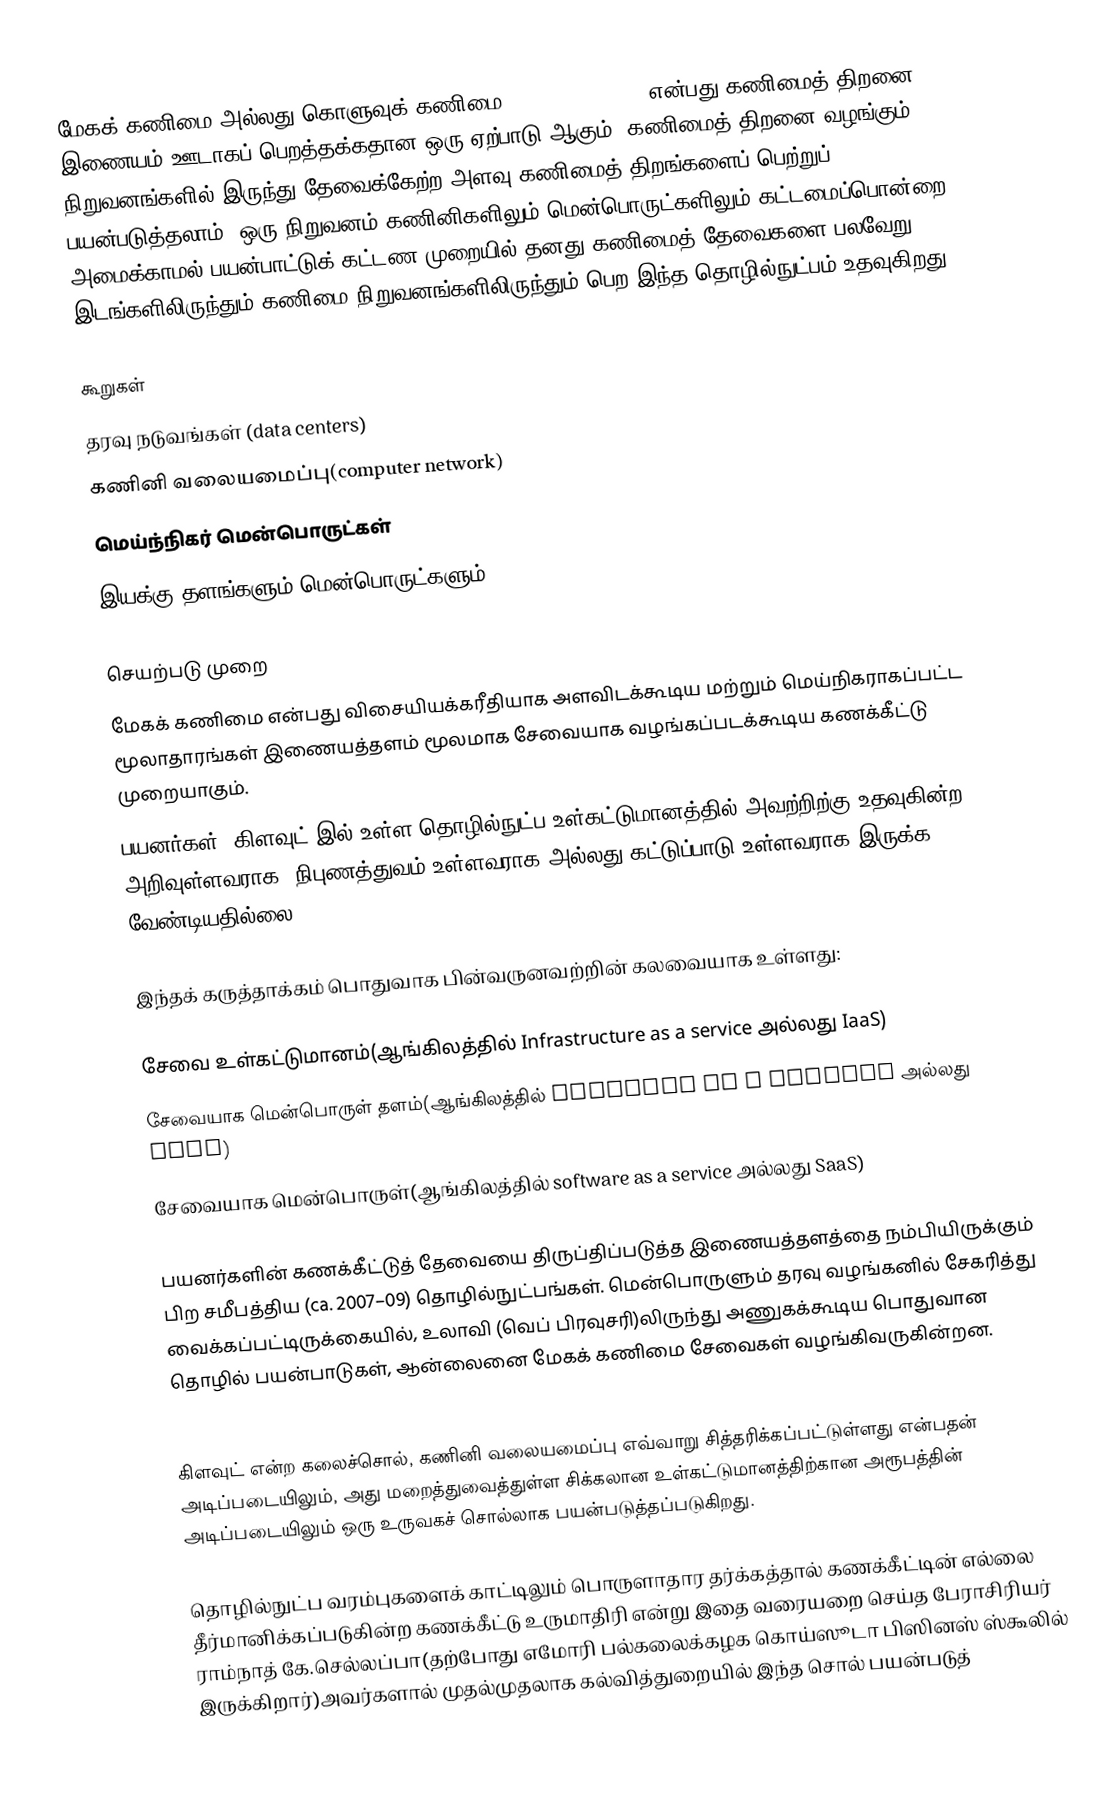
மேகக் கணிமை அல்லது கொளுவுக் கணிமை(cloud computing) என்பது கணிமைத் திறனை இணையம் ஊடாகப் பெறத்தக்கதான ஒரு ஏற்பாடு ஆகும். கணிமைத் திறனை வழங்கும் நிறுவனங்களில் இருந்து தேவைக்கேற்ற அளவு கணிமைத் திறங்களைப் பெற்றுப் பயன்படுத்தலாம். ஒரு நிறுவனம் கணினிகளிலும்  மென்பொருட்களிலும் கட்டமைப்பொன்றை அமைக்காமல் பயன்பாட்டுக் கட்டண முறையில் தனது கணிமைத் தேவைகளை பலவேறு இடங்களிலிருந்தும் கணிமை நிறுவனங்களிலிருந்தும் பெற இந்த தொழில்நுட்பம் உதவுகிறது.

கூறுகள்
 தரவு நடுவங்கள் (data centers)
 கணினி வலையமைப்பு(computer network)
 மெய்ந்நிகர் மென்பொருட்கள்
 இயக்கு தளங்களும் மென்பொருட்களும்

செயற்படு முறை
மேகக் கணிமை  என்பது விசையியக்கரீதியாக அளவிடக்கூடிய மற்றும் மெய்நிகராகப்பட்ட மூலாதாரங்கள் இணையத்தளம் மூலமாக சேவையாக வழங்கப்படக்கூடிய கணக்கீட்டு முறையாகும்.
 பயனர்கள் "கிளவுட்"இல் உள்ள தொழில்நுட்ப உள்கட்டுமானத்தில் அவற்றிற்கு உதவுகின்ற அறிவுள்ளவராக, நிபுணத்துவம் உள்ளவராக அல்லது கட்டுப்பாடு உள்ளவராக இருக்க வேண்டியதில்லை.

இந்தக் கருத்தாக்கம் பொதுவாக பின்வருனவற்றின் கலவையாக உள்ளது:

சேவை உள்கட்டுமானம்(ஆங்கிலத்தில் Infrastructure as a service அல்லது IaaS)
 சேவையாக மென்பொருள் தளம்(ஆங்கிலத்தில் Platform as a service அல்லது PaaS)
 சேவையாக மென்பொருள்(ஆங்கிலத்தில் software as a service அல்லது SaaS)

பயனர்களின் கணக்கீட்டுத் தேவையை திருப்திப்படுத்த இணையத்தளத்தை நம்பியிருக்கும் பிற சமீபத்திய (ca. 2007–09) தொழில்நுட்பங்கள். மென்பொருளும் தரவு வழங்கனில் சேகரித்து வைக்கப்பட்டிருக்கையில், உலாவி (வெப் பிரவுசரி)லிருந்து அணுகக்கூடிய பொதுவான தொழில் பயன்பாடுகள், ஆன்லைனை மேகக் கணிமை சேவைகள் வழங்கிவருகின்றன.

கிளவுட் என்ற கலைச்சொல், கணினி வலையமைப்பு எவ்வாறு சித்தரிக்கப்பட்டுள்ளது என்பதன் அடிப்படையிலும், அது மறைத்துவைத்துள்ள சிக்கலான உள்கட்டுமானத்திற்கான அரூபத்தின் அடிப்படையிலும் ஒரு உருவகச் சொல்லாக பயன்படுத்தப்படுகிறது.

தொழில்நுட்ப வரம்புகளைக் காட்டிலும் பொருளாதார தர்க்கத்தால் கணக்கீட்டின் எல்லை தீர்மானிக்கப்படுகின்ற கணக்கீட்டு உருமாதிரி என்று இதை வரையறை செய்த பேராசிரியர் ராம்நாத் கே.செல்லப்பா(தற்போது எமோரி பல்கலைக்கழக கொய்ஸூடா பிஸினஸ் ஸ்கூலில் இருக்கிறார்)அவர்களால் முதல்முதலாக கல்வித்துறையில் இந்த சொல் பயன்படுத்